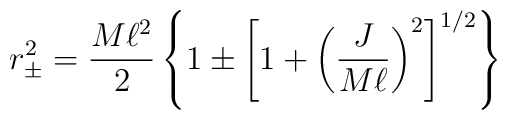
r_{\pm}^2 = {{M\ell^2} \over 2} \left \{ 1 \pm \left [   1 + \left ( {J \over M\ell} \right )^2 \right ]^{1/2} \right \}